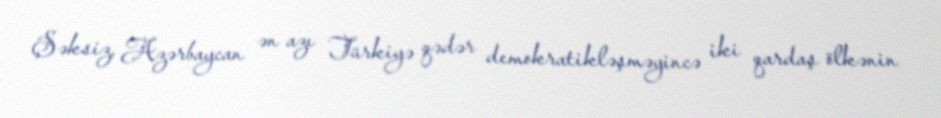
Şəksiz, Azərbaycan ən azı Türkiyə qədər demokratikləşməyincə iki qardaş ölkənin